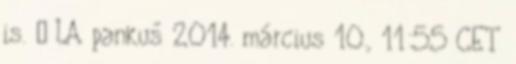
is. – LA pankuš 2014. március 10., 11:55 CET